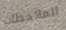
الملاحظات